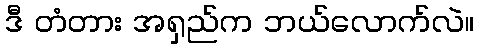
ဒီ တံတား အရှည်က ဘယ်လောက်လဲ။